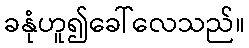
ခနုံဟူ၍ခေါ်လေသည်။